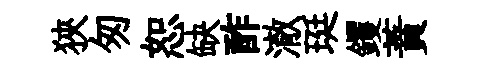
狹匆恕缺酢澈珽钁蕡